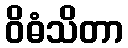
ဝိဓံသိတာ